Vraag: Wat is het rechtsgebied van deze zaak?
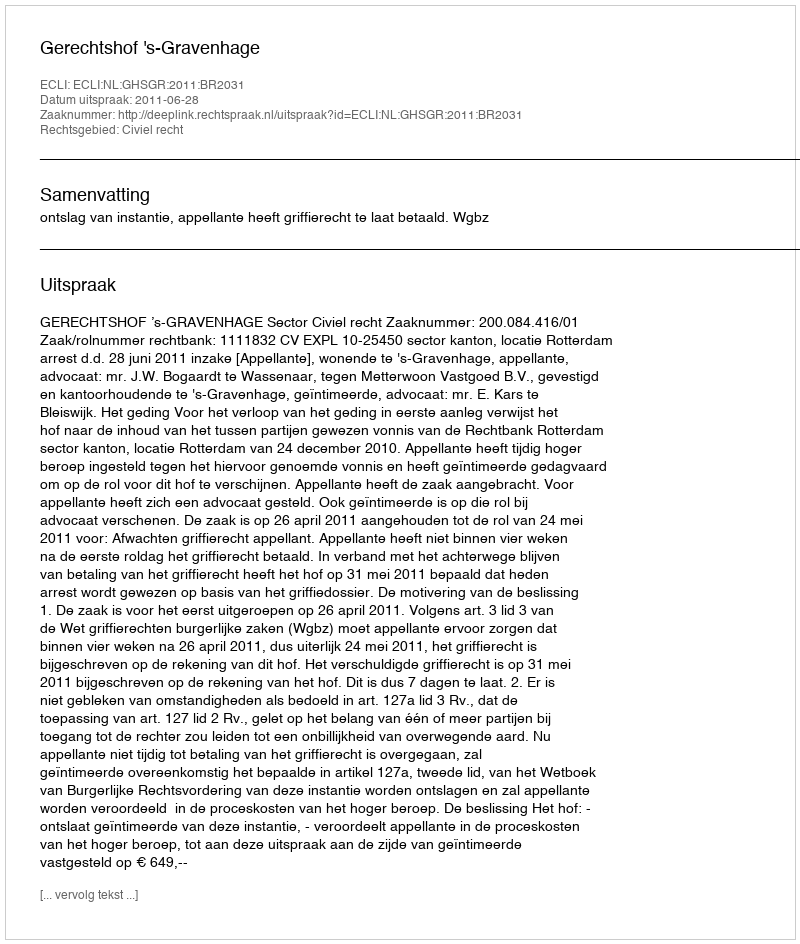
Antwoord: Civiel recht